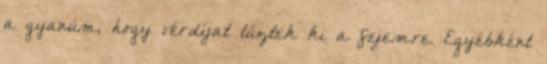
a gyanúm, hogy vérdíjat tűztek ki a fejemre. Egyébként